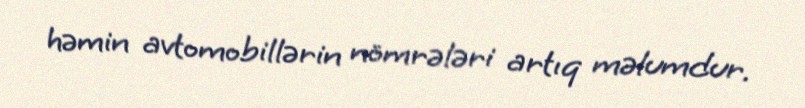
həmin avtomobillərin nömrələri artıq məlumdur.